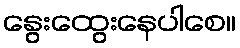
နွေးထွေးနေပါစေ။